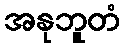
အနုဘူတံ